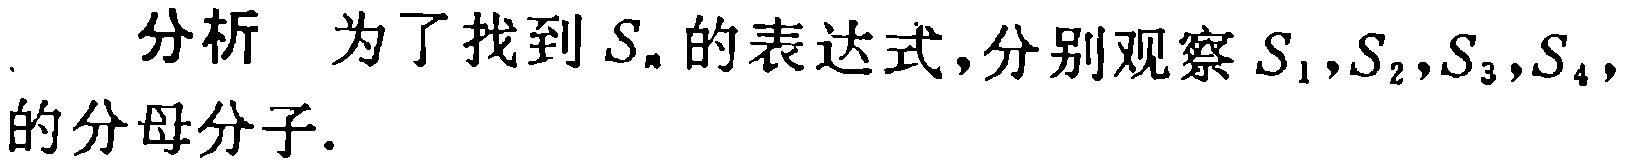
分析 为了找到 \(S_{n}\) 的表达式,分别观察 \(S_{1},S_{2},S_{3},S_{4},\) 的分母分子.